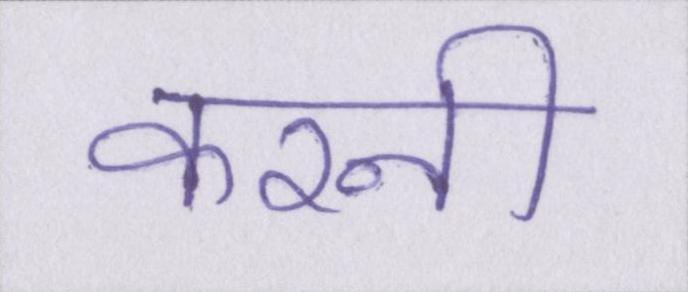
करनी